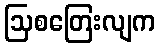
ဩစတြေးလျက